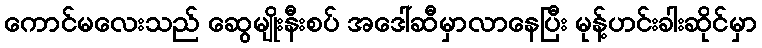
ကောင်မလေးသည် ဆွေမျိုးနီးစပ် အဒေါ်ဆီမှာလာနေပြီး မုန့်ဟင်းခါးဆိုင်မှာ